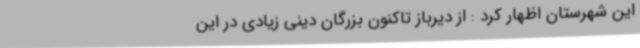
این شهرستان اظهار کرد : از دیرباز تاکنون بزرگان دینی زیادی در این